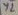
Text: Y2